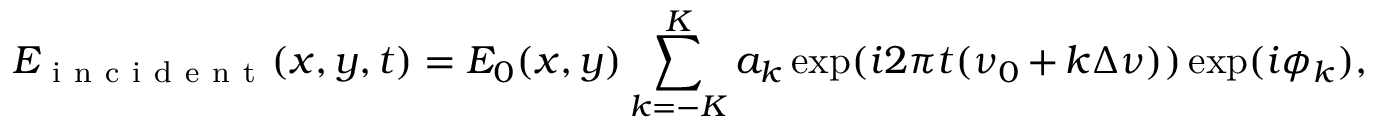
E _ { \mathrm { ~ i ~ n ~ c ~ i ~ d ~ e ~ n ~ t ~ } } ( x , y , t ) = E _ { 0 } ( x , y ) \sum _ { k = - K } ^ { K } a _ { k } \exp ( i 2 \pi t ( \nu _ { 0 } + k \Delta \nu ) ) \exp ( i \phi _ { k } ) ,